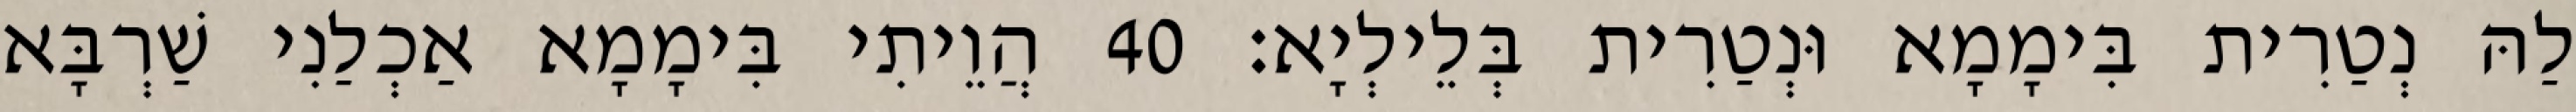
לַהּ נְטַרִית בִּימָמָא וּנְטַרִית בְּלֵילְיָא׃ 40 הֲוֵיתִי בִּימָמָא אַכְלַנִי שַׁרְבָּא